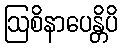
ဩစိနာပေန္တိပိ